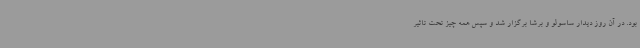
بود. در آن روز دیدار ساسولو و برشا برگزار شد و سپس همه چیز تحت تاثیر